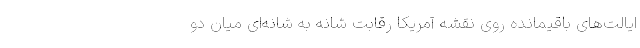
ایالت‌های باقیمانده روی نقشه آمریکا رقابت شانه‌ به شانه‌ای میان دو